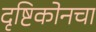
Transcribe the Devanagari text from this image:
दृष्टिकोनचा